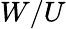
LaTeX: W/U